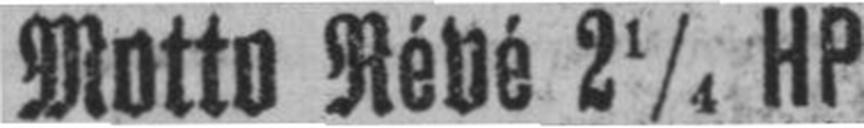
Motto Révé 2¼ HP